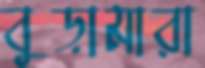
বুড়ামারা